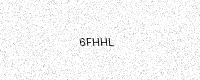
Text: 6FHHL